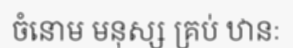
ចំនោម មនុស្ស គ្រប់ ឋានៈ